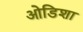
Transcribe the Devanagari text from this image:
ओडिशा